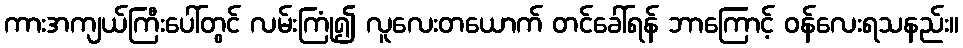
ကားအကျယ်ကြီးပေါ်တွင် လမ်းကြုံ၍ လူလေးတယောက် တင်ခေါ်ရန် ဘာကြောင့် ဝန်လေးရသနည်း။